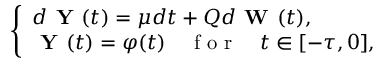
\left\{ \begin{array} { l l } { d \textbf { Y } ( t ) = \boldsymbol { \mu } d t + Q d \textbf { W } ( t ) , } \\ { \textbf { Y } ( t ) = \boldsymbol { \varphi } ( t ) \quad \mathrm { ~ f ~ o ~ r ~ } \quad t \in [ - \tau , 0 ] , } \end{array} \right.